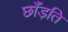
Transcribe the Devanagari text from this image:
छाँड़ति